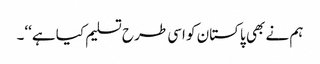
ہم نے بھی پاکستان کو اسی طرح تسلیم کیا ہے‘‘۔